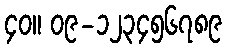
၄၀။ ၀၉-၁၂၃၄၅၆၇၈၉